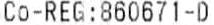
CO-REG:860671-D